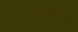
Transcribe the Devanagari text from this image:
अम्न्दिर